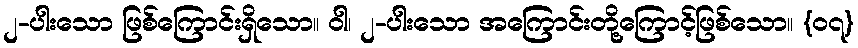
၂-ပါးသော ဖြစ်ကြောင်းရှိသော။ ဝါ၊ ၂-ပါးသော အကြောင်းတို့ကြောင့်ဖြစ်သော။ {၀၇}